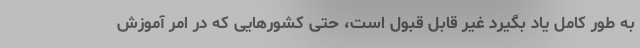
به طور کامل یاد بگیرد غیر قابل قبول است، حتی کشورهایی که در امر آموزش